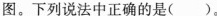
意图。下列说法中正确的是()。